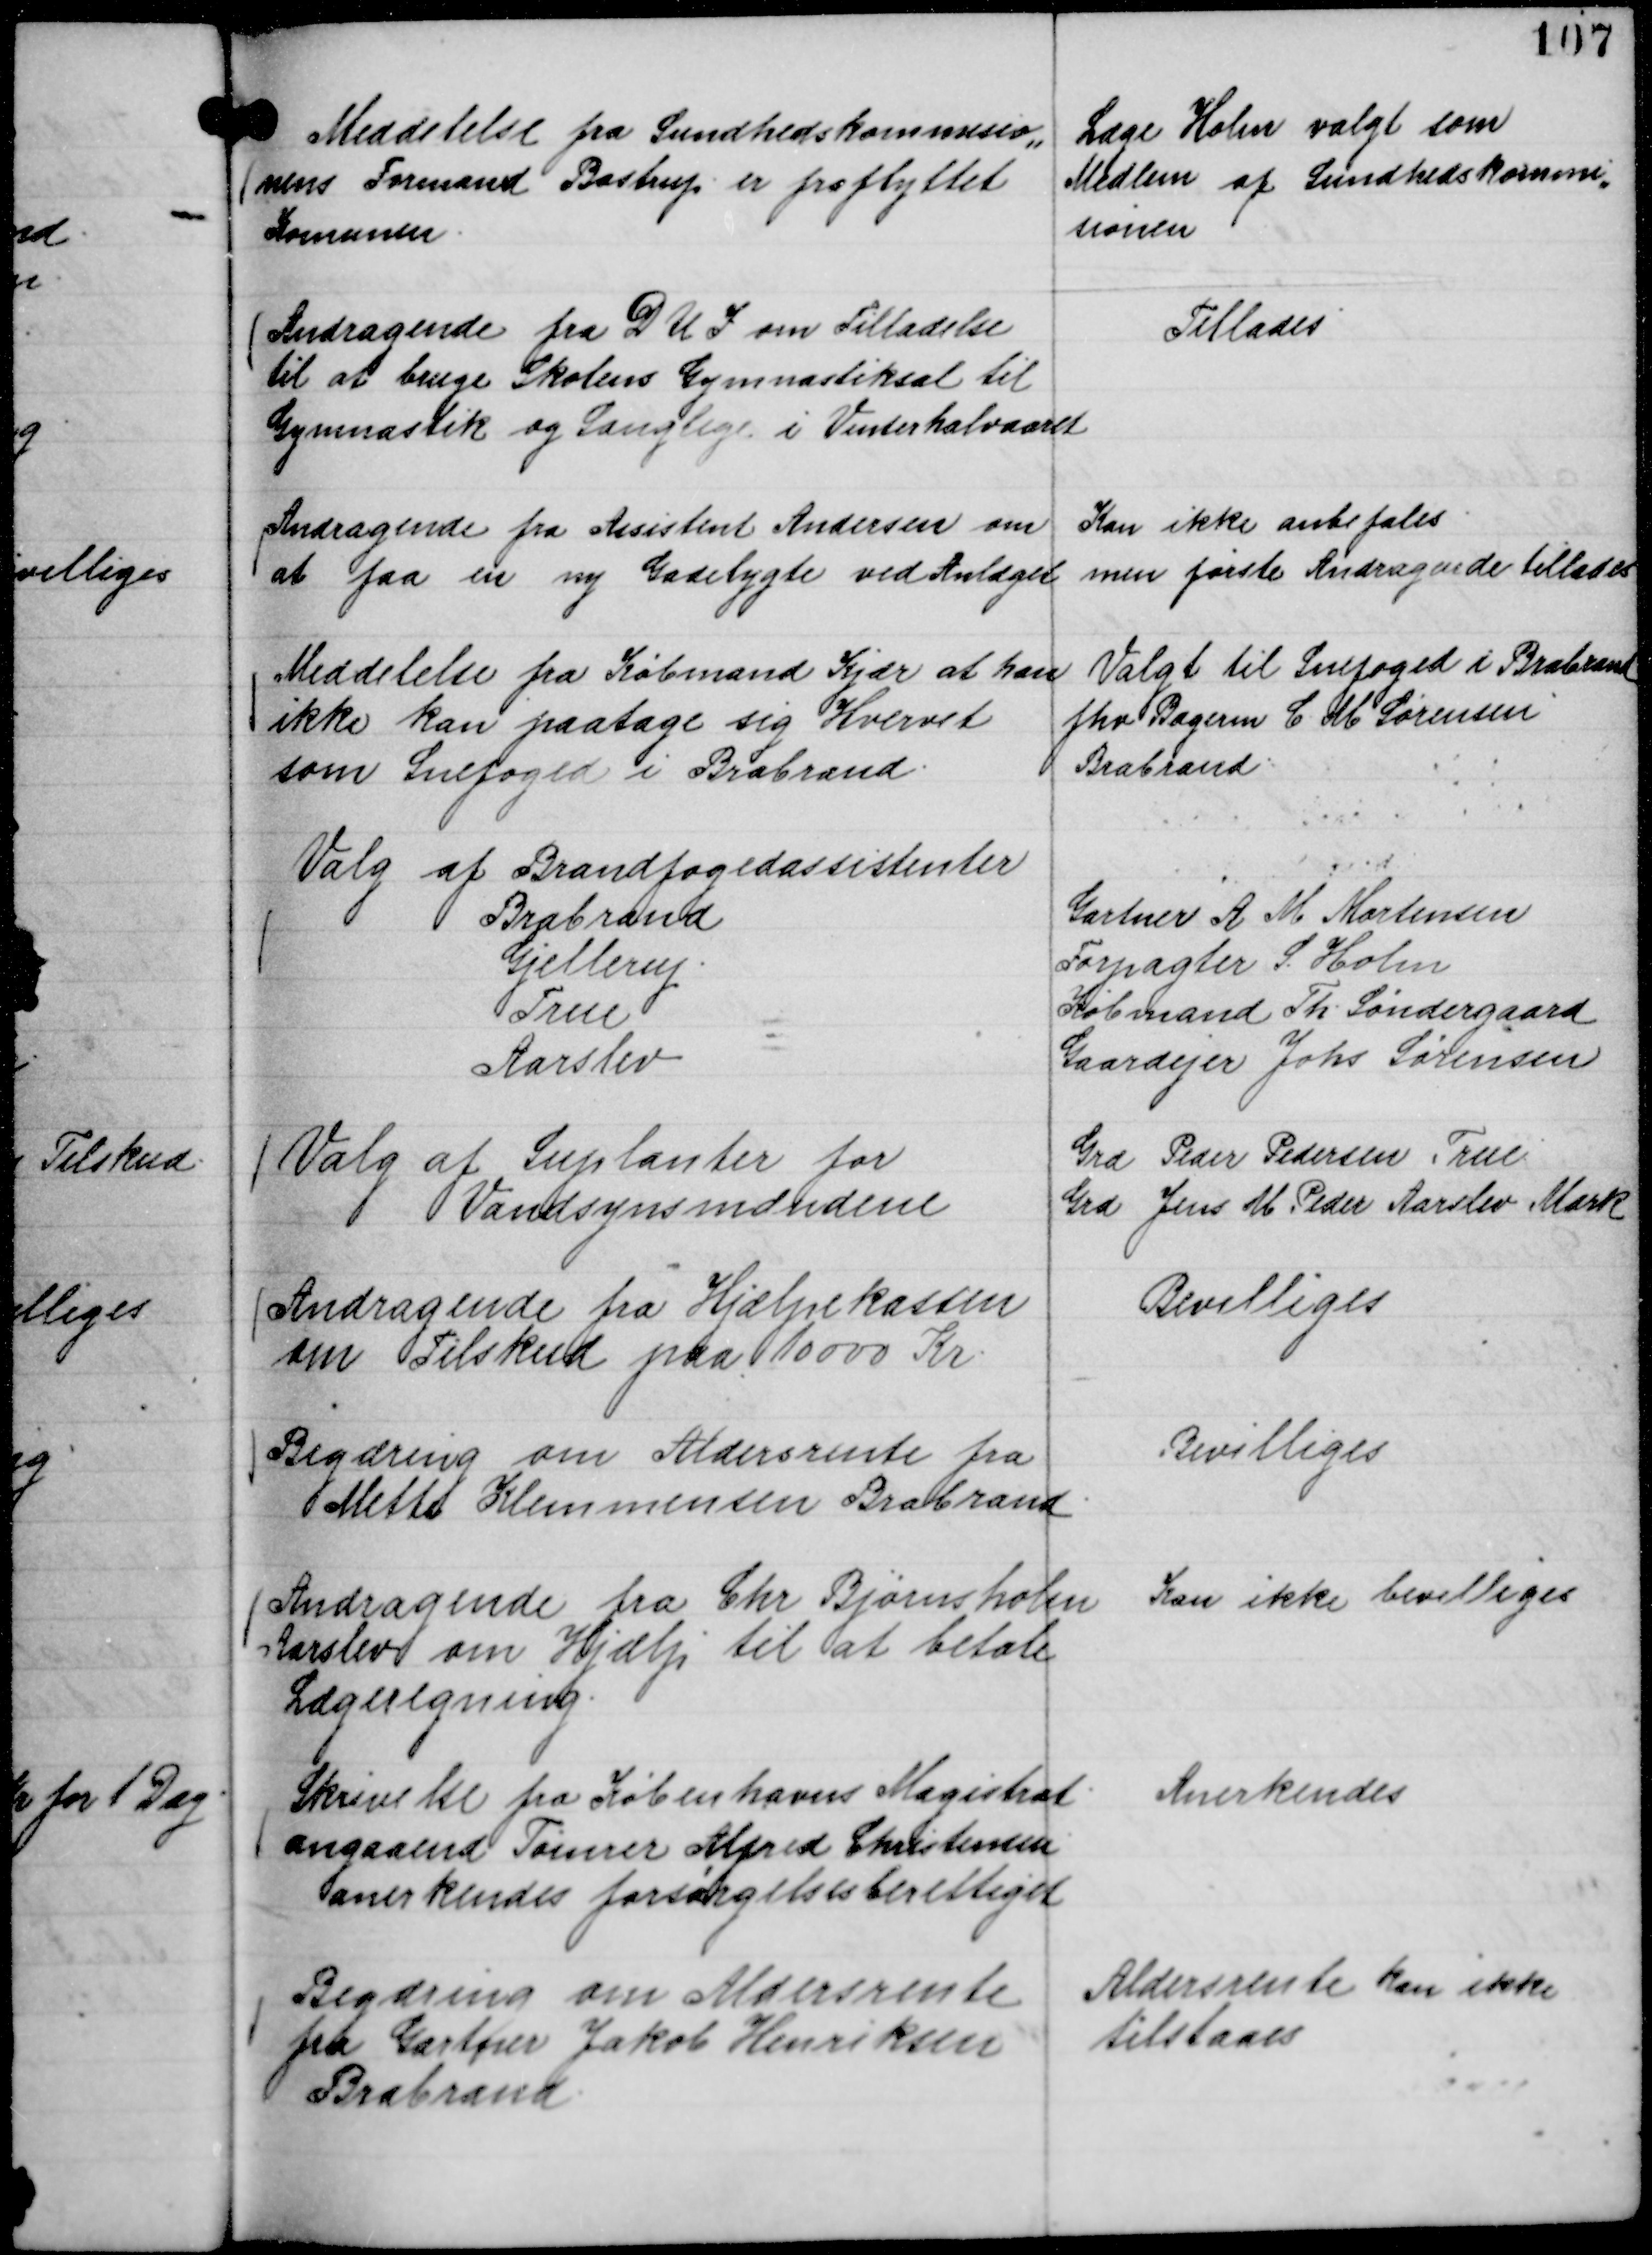
Transskription:
Meddelelse fra Sundhedskommisio,,
nens Formand Bastrup er fraflyttet
Komunen.

Læge Holm valgt som
Medlem af Sundhedskommi,,
sionen

Andragende fra D U I om Tilladelse
til at bruge Skolens Gymnastiksal til
Gymnastik og Sanglege i Vinterhalvaaret

Tillades

Andragende fra Assistent Andersen om
at faa en ny Gadelygte ved Anlæget

Kan ikke anbefales
men første Andragende tillades

Meddelelse fra Købmand Kjær at han
ikke kan paatage sig Hvervet
som Snefoged i Brabrand.

Valgt til Snefoged i Brabrand
fhv Bagerm C M Sørensen
Brabrand.

Valg af Brandfogedassistenter
Brabrand
Gartner A M Mortensen
Gjellerup.
Forpagter S. Holm
True
Købmand Th. Søndergaard
Aarslev
Gaardejer Johs Sørensen

Valg af Suplanter for
Vandsynsmændene

Grd Peder Pedersen True
Grd Jens M Peder Aarslev Mark

Andragende fra Hjælpekassen
om Tilskud paa 10000 Kr.

Bevilliges

Begæring om Aldersrente fra
Mette Klemmensen Brabrand.

Bevilliges

Andragende fra Chr Bjørnsholm
Aarslev om Hjælp til at betale
Lægeregning.

Kan ikke bevilliges

Skrivelse fra Københavns Magistrat
angaaende Tømrer Alfred Christensen
anerkendes forsørgelsesberettiget

Anerkendes

Begæring om Aldersrente
fra Gartner Jakob Henriksen
Brabrand.

Aldersrente kan ikke
tilstaaes